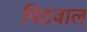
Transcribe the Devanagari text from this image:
पिटवाल